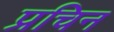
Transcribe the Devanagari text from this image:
प्रचिन